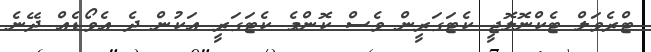
ޓްރެވަލް ޓެކްނޮލޮޖީ ކެޓަގަރީން ވެސް ކޮންމެ ކެޓަގަރީ އަކުން ދެ އެވޯޑެއް ދޭނެ